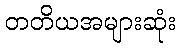
တတိယအများဆုံး